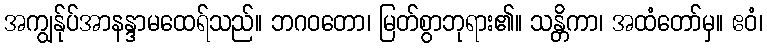
အကျွန်ုပ်အာနန္ဒာမထေရ်သည်။ ဘဂဝတော၊ မြတ်စွာဘုရား၏။ သန္တိကာ၊ အထံတော်မှ။ ဧဝံ၊